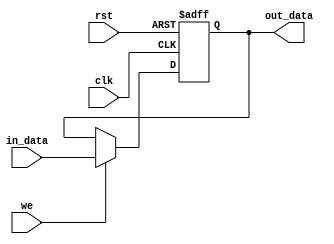
`timescale 1ns / 1ps
module lo_reg(
    input clk,
    input rst,
    input we,
    input [31:0] in_data,
    output [31:0] out_data
    );
    
    reg [31:0]lo;
    always @ (posedge clk or posedge rst) 
    begin
        if (rst) 
        begin
        lo<=32'b0;
        end
        else
        if(we)
        begin
        lo<=in_data;
        end
     end
     assign out_data=lo;
endmodule